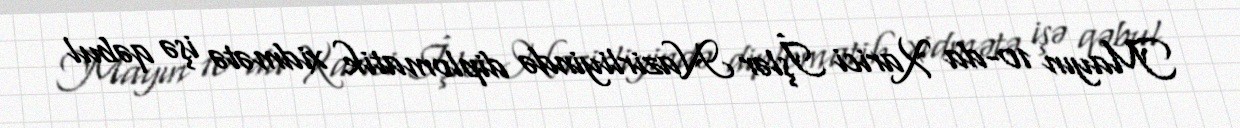
Mayın 10-da Xarici İşlər Nazirliyində diplomatik xidmətə işə qəbul